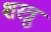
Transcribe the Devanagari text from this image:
शस्त्रु